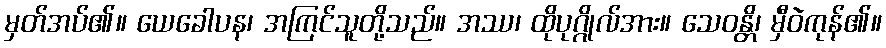
မှတ်အပ်၏။ ယေခေါပန၊ အကြင်သူတို့သည်။ အဿ၊ ထိုပုဂ္ဂိုလ်အား။ သေဝန္တိ၊ မှီဝဲကုန်၏။